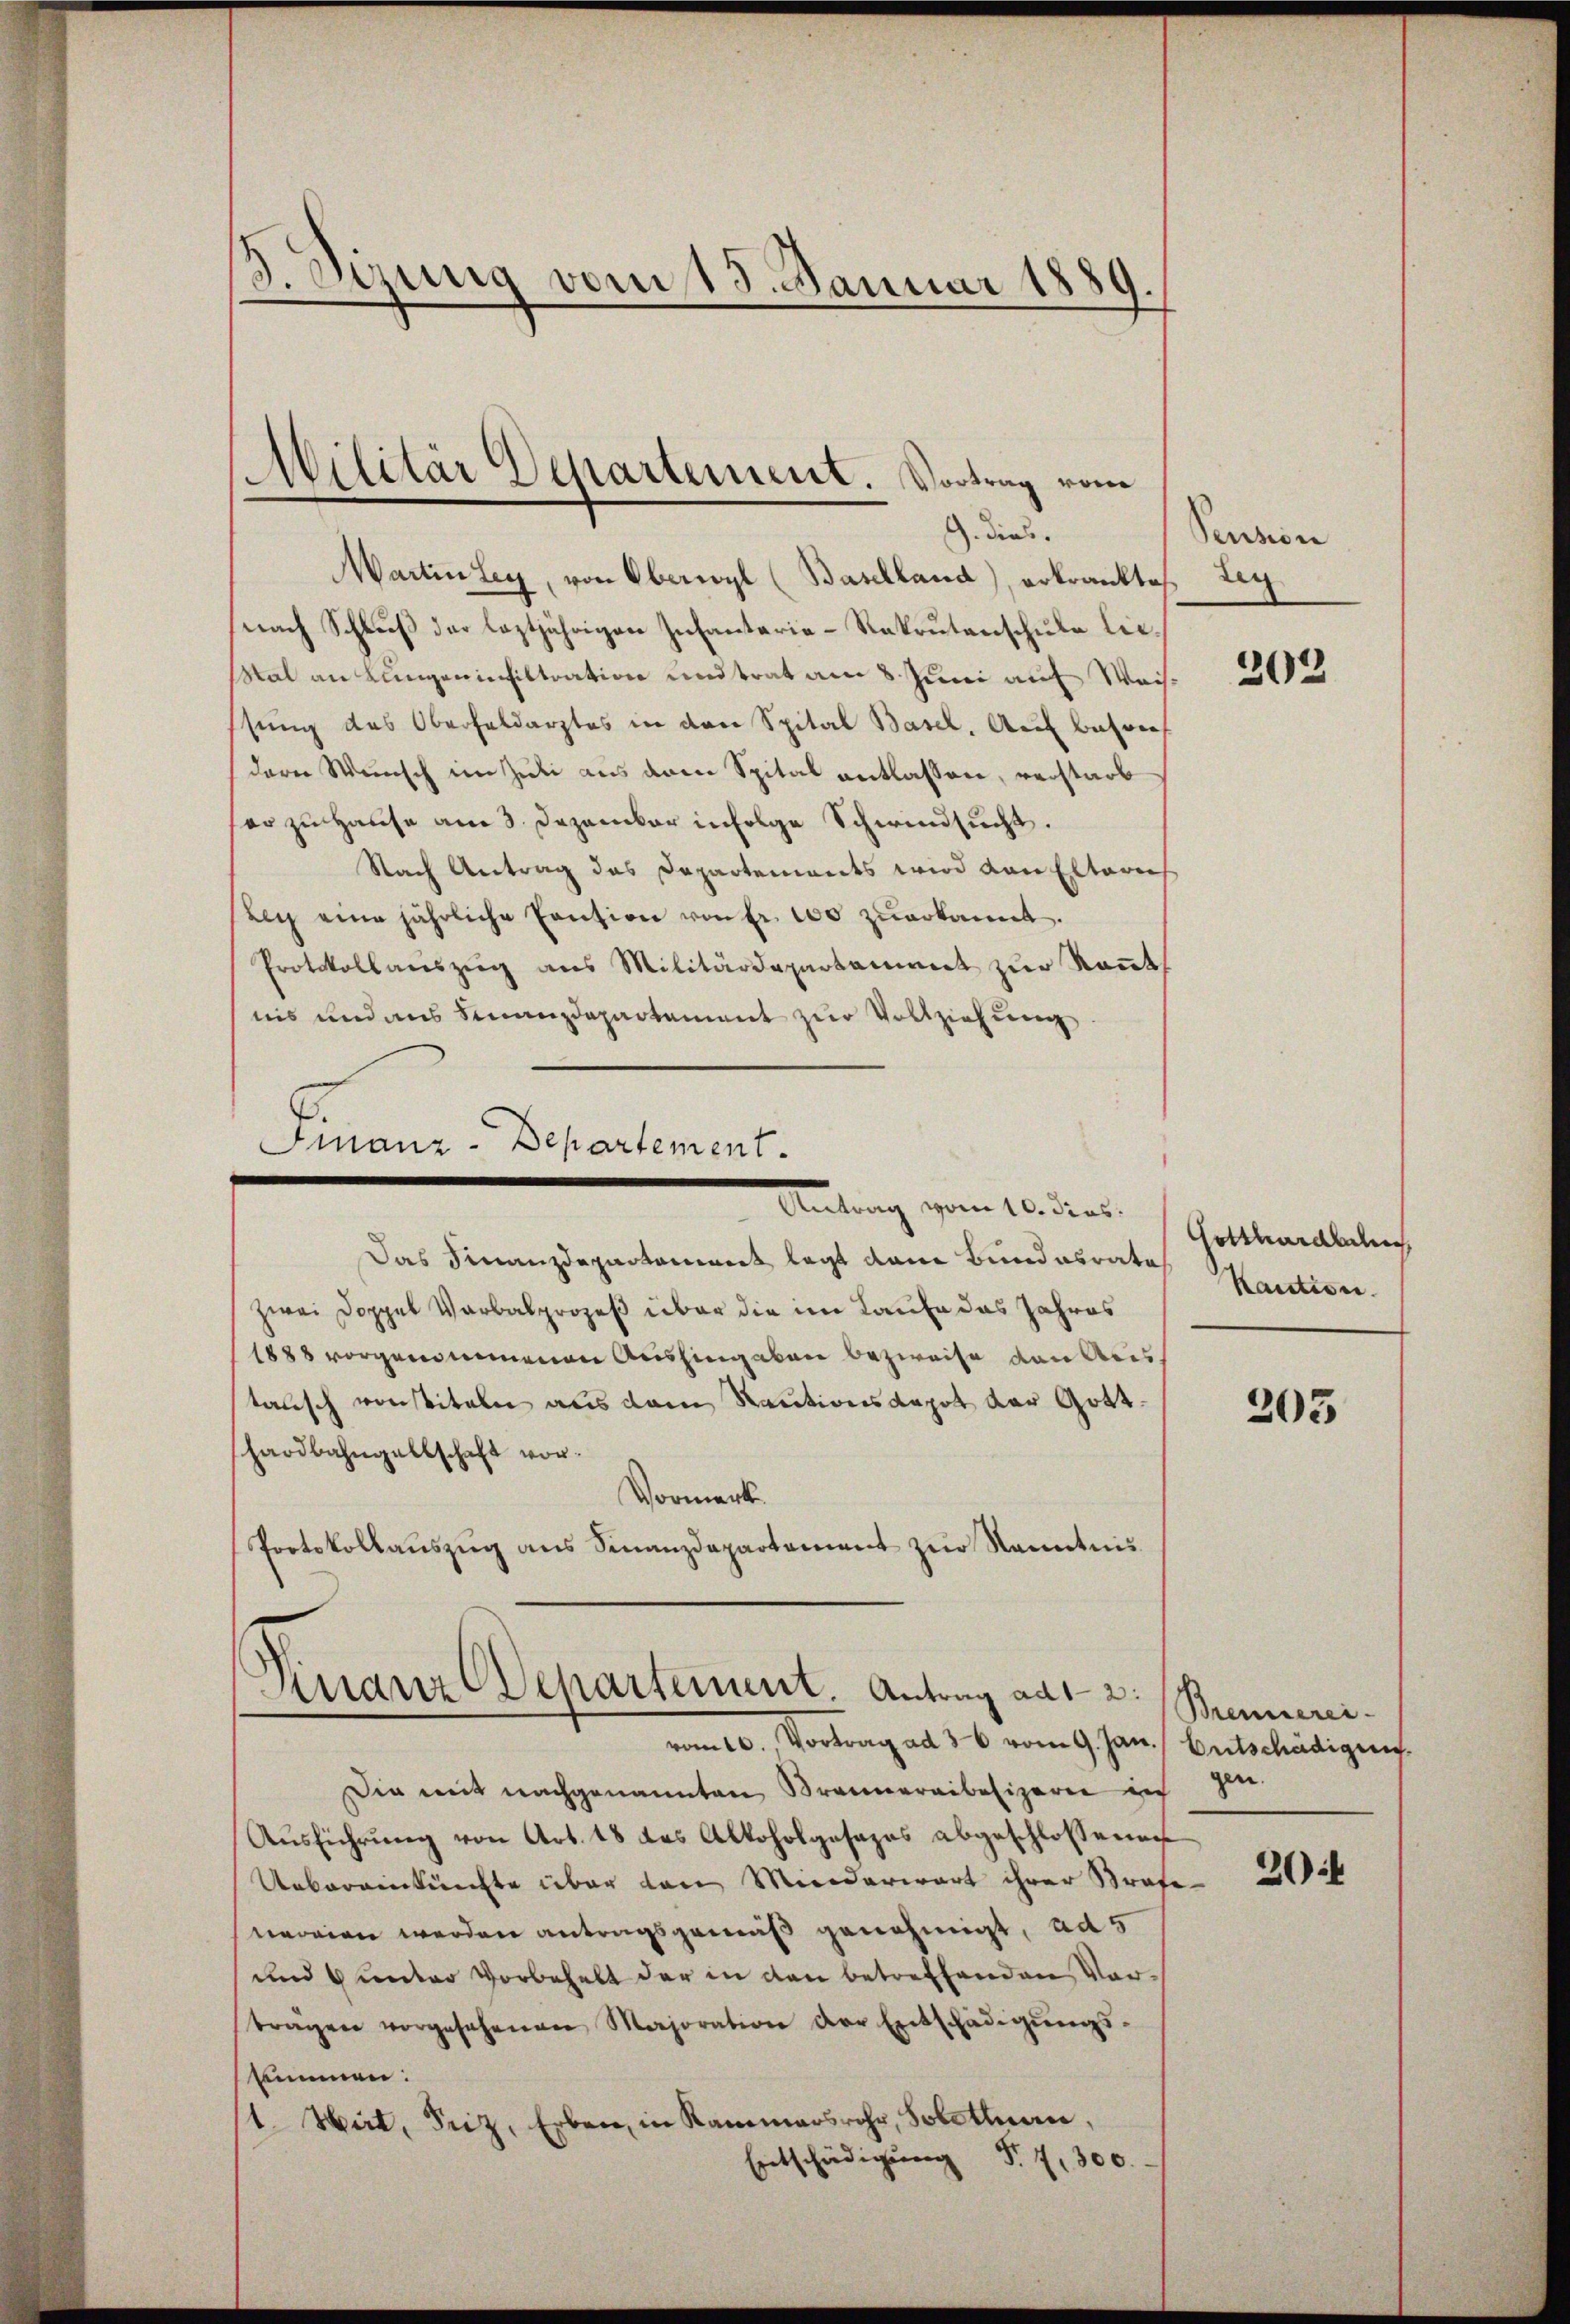
Sirung vom 15. Januar 1889

Martinley, von Oberwyl (Baselland), erkranktes Leg
nach Schluß der leztjährigen Infantarie-Rekrutenschule lie¬
Stal an Lungeninfiltration und trat am 8. Juni auf Weissung des Oberhaldarztes in den Spital Basel. Auf betref
deren Wunsch im Juli aus dem Spital entlassen, verstark
er zu Hause am 3. Dezember infolge Schwindsucht.
Nach Antrag das Departenants wird von Elteries
Ley eine jährliche Cention von Fr. 100 zŭerkannt.
Protokollauszug aus Militärdepartament zur konnt
nis und aus Finanzdepartement zur Vollziehung
Finanz-Departement.
Antrag vom 10. dies
Das Finanzdepartoniret legt dann Bundesrate
zwei Doppel Verbalprozeß über die im Laufe das Jahres
1888 vorgenommenen Aushingaben bezweise von Aris
tausch vonstiteln aus dem Rautionsdapot der Gotthardbahngellschaft vor.
Vormerk
Protokollauszug aus Finanzdepartement zur Kenntnis

Militär Departement. Vortrag vom
G. dies

.
Manz Departement. Antrag ad 1. 2.
vomco., Vortrag ad 36 vom 9. Jan. Entschädigung.

Die mit nachgenannten Brennereibesizerie in
Aŭsführŭng von Art. 18 das Alkoholgosapas abgeschlossenen
Uebereinkünfte über den Miederwart ihrer Strafe
neorien werden antragsgemäß genehmigt, ad 5
und 4 unter Vorbehalt der in den betreffenden Vor-
tragen vorgesehenen Majoration der Entschädigŭngs-
sumnen:
st. Wert, Friz, Erben, in Kammersrohr, Solothurn,
Entschädigŭng S. 7,300.

Pension

202

Hotthardbahng
Kaution.

205

Brennerei-
gen.

20f